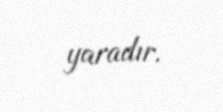
yaradır.